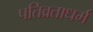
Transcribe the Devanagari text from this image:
पतिव्रताधर्म